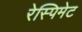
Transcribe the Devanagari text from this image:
रेस्पिमेट